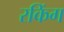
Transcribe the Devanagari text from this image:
रकिंग